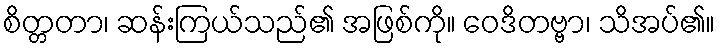
စိတ္တတာ၊ ဆန်းကြယ်သည်၏ အဖြစ်ကို။ ဝေဒိတဗ္ဗာ၊ သိအပ်၏။